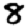
Digit: 8